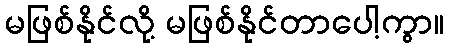
မဖြစ်နိုင်လို့ မဖြစ်နိုင်တာပေါ့ကွာ။